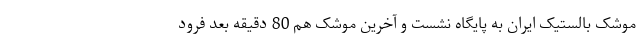
موشک بالستیک ایران به پایگاه نشست و آخرین موشک هم 80 دقیقه بعد فرود